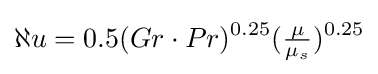
\aleph u=0.5(Gr\cdot Pr)^{0.25}({\tfrac {\mu }{\mu _{s}}})^{0.25}